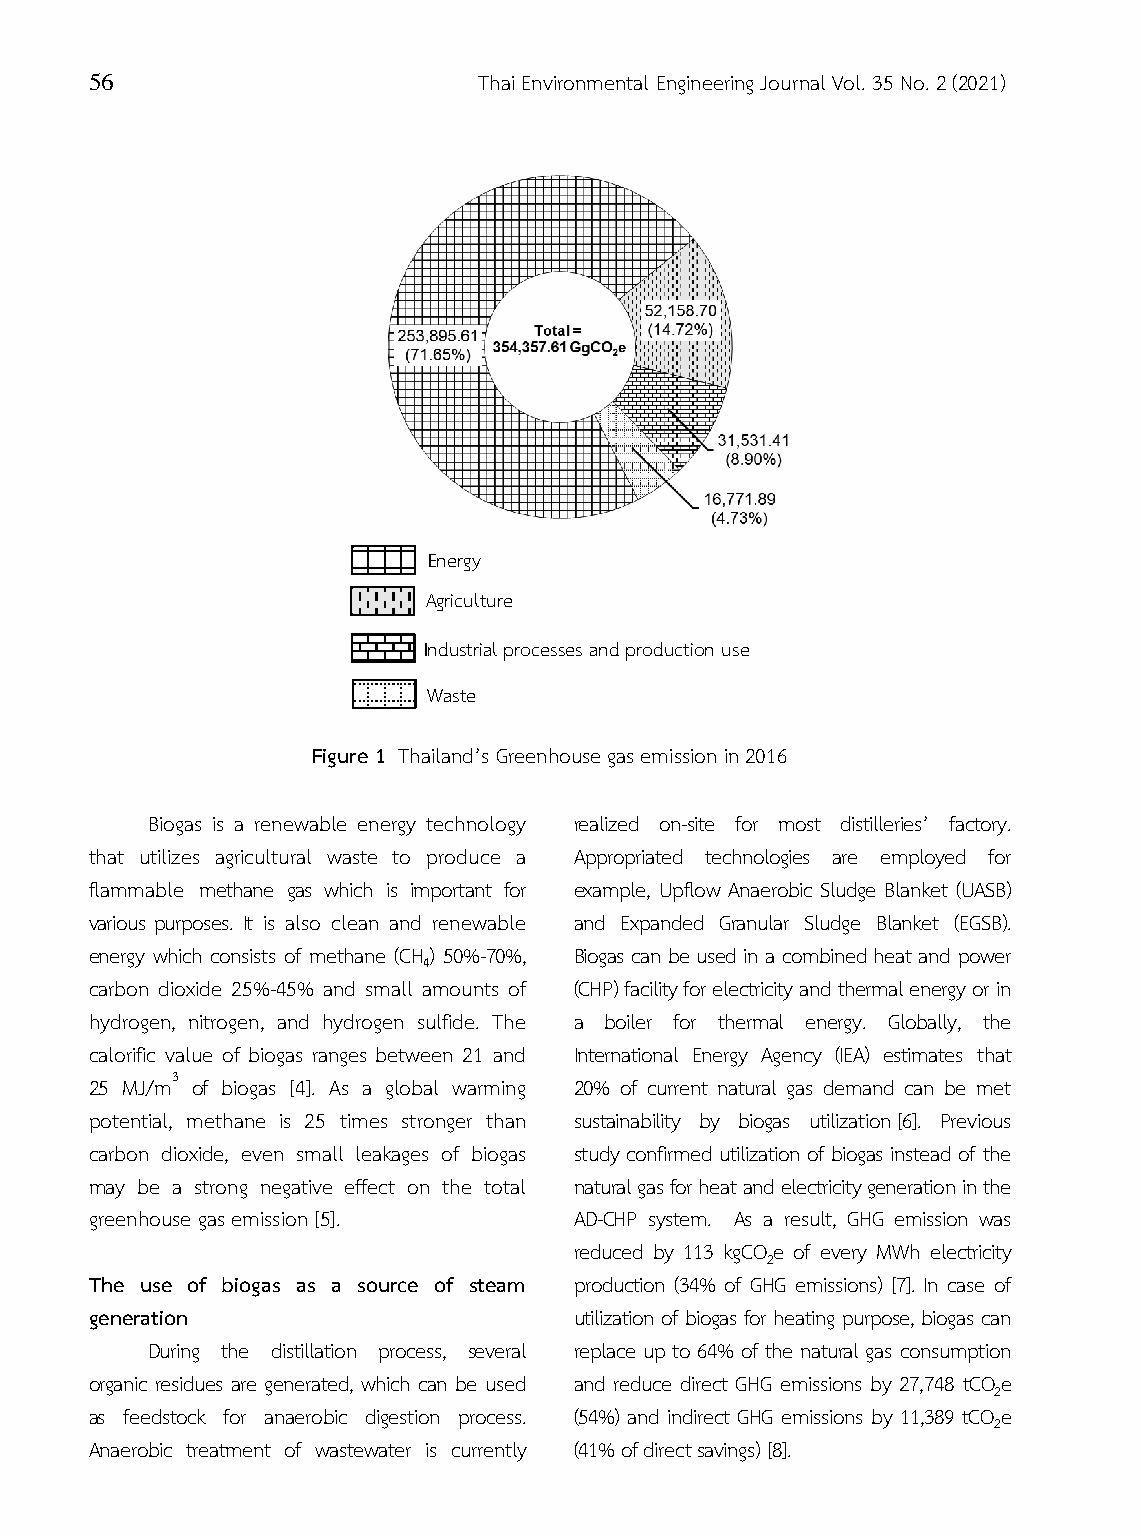
56                        Thai Environmental Engineering Journal Vol. 35 No. 2 (2021)
 Energy
 Agriculture
 Industrial processes and production use
 Waste
 Figure 1 Thailand’s Greenhouse gas emission in 2016
 Biogas is a renewable energy technology realized on-site for most distilleries’ factory.
 that utilizes agricultural waste to produce a Appropriated technologies are employed for
 flammable methane gas which is important for example, Upflow Anaerobic Sludge Blanket (UASB)
 various purposes. It is also clean and renewable and Expanded Granular Sludge Blanket (EGSB).
 energy which consists of methane (CH) 50%-70%, Biogas can be used in a combined heat and power
 4
 carbon dioxide 25%-45% and small amounts of (CHP) facility for electricity and thermal energy or in
 hydrogen, nitrogen, and hydrogen sulfide. The a boiler for thermal energy. Globally, the
 calorific value of biogas ranges between 21 and International Energy Agency (IEA) estimates that
 25 MJ/m3 of biogas [4]. As a global warming 20% of current natural gas demand can be met
 potential, methane is 25 times stronger than sustainability by biogas utilization [6]. Previous
 carbon dioxide, even small leakages of biogas study confirmed utilization of biogas instead of the
 may be a strong negative effect on the total natural gas for heat and electricity generation in the
 greenhouse gas emission [5].    AD-CHP system. As a result, GHG emission was
 reduced by 113 kgCOe of every MWh electricity
 2
 The use of biogas as a source of steam production (34% of GHG emissions) [7]. In case of
 generation                      utilization of biogas for heating purpose, biogas can
 During the distillation process, several replace up to 64% of the natural gas consumption
 organic residues are generated, which can be used and reduce direct GHG emissions by 27,748 tCOe
 2
 as feedstock for anaerobic digestion process. (54%) and indirect GHG emissions by 11,389 tCOe
 2
 Anaerobic treatment of wastewater is currently (41% of direct savings) [8].